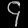
Digit: ၄